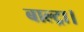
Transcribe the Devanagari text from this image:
बाल्ट्रा।